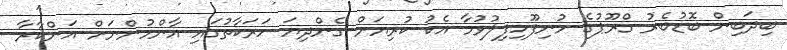
ބިދަބިން ބޮޑުބެރު ގްރޫޕުގެ މުނިފޫހިފިލުވުމާ އެކު ކުރިޔަށް ގެންދިޔަ ހަރަކާތުގައި އާންމުންނަށް އަންކާރާ